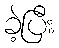
ခဲ့ပြီး